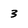
Character: 3